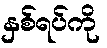
နှစ်ရပ်ကို